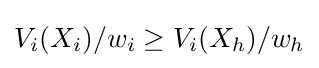
V_{i}(X_{i})/w_{i}\geq V_{i}(X_{h})/w_{h}